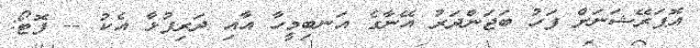
އޮޕަރޭޝަނަށް ފަހު ބަޖަންދަރު އޭނާގެ އަނބިމީހާ އާއި ދަރިފުޅާ އެކު -- ފޮޓޯ: